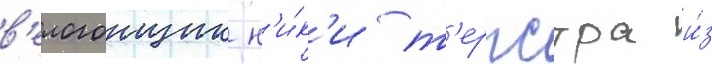
в'елогонщик н'и́к'и т'ерпстра и́з